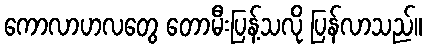
ကောလာဟလတွေ တောမီးပြန့်သလို ပြန်လာသည်။